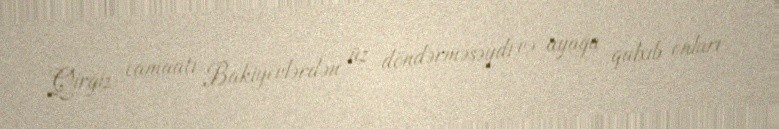
Qırğız camaatı Bakiyevlərdən üz döndərməsəydi və ayağa qalxıb onları